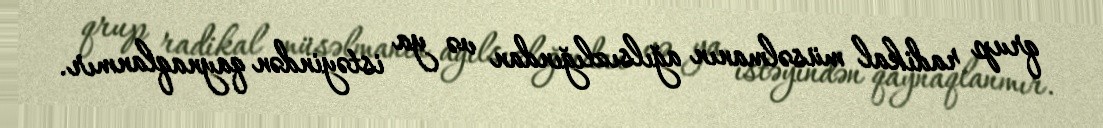
qrup radikal müsəlmanın ağılsızlığından və ya istəyindən qaynaqlanmır.